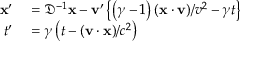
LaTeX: \begin{array} { c } { { \begin{array} { r l } { \mathbf { x } ^ { \prime } } & { { } = { \mathfrak { D } } ^ { - 1 } \mathbf { x } - \mathbf { v } ^ { \prime } \left\{ \left( \gamma - 1 \right) ( \mathbf { x \cdot v } ) / v ^ { 2 } - \gamma t \right\} } \\ { t ^ { \prime } } & { { } = \gamma \left( t - ( \mathbf { v } \cdot \mathbf { x } ) / c ^ { 2 } \right) } \end{array} } } \end{array}